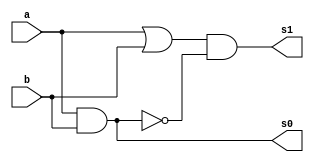
//-------------------------------------
//Guia 03
//Guilherme Lucindo dos Santos - 380766
//-------------------------------------

//-----------------------------
//-- Half adder com portas nand
//-----------------------------


module ex_01 (s0,s1,a,b);

output s0,s1;
input a,b;
wire f1,f2;

and NAND1 (s0,a,b);
or OR1 (f1,a,b);
not NOT1 (f2, s0);
and AND2 (s1,f1,f2);

endmodule



//-------------------
//-- teste half adder
//-------------------

module teste;

reg a,b;
wire s0,s1;

teste halfAdder(s0,s1,a,b);

initial begin

a=0; b=0;

end 

initial begin

$display("\n Exercicio 01 - Guilherme Lucindo dos Santos");
$display("\n Crcuito Meia soma");
$display("a + b = s0  s1");
$monitor("%b + %b = %b  %b", a, b, s0, s1);

#1 a = 0; b = 1;
#1 a = 1; b = 0;
#1 a = 1; b = 1;

end

endmodule